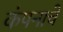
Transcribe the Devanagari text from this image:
कंपनाचे